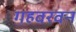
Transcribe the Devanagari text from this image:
गहवरवन